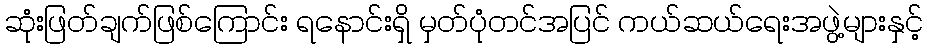
ဆုံးဖြတ်ချက်ဖြစ်ကြောင်း ရနောင်းရှိ မှတ်ပုံတင်အပြင် ကယ်ဆယ်ရေးအဖွဲ့များနှင့်